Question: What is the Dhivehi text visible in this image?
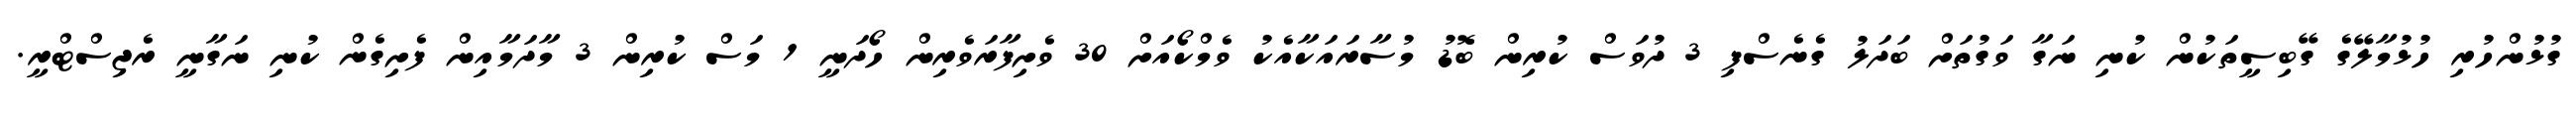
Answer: ގުޅުންހުރި ހުޅުމާލޭގެ ގޭބިސީތަކުން ކުނި ނަގާ ވަގުތަށް ބަދަލު ގެނެސްފި 3 ދުވަސް ކުރިން ބޮޑު މުސާރައަކާއެކު ވެމްކޯއަށް 30 ވެށިފާރަވެރިން ހޯދަނީ 1 މަސް ކުރިން 3 މާދަމާއިން ފެށިގެން ކުނި ނަގާނީ ރެޖިސްޓްރީ.